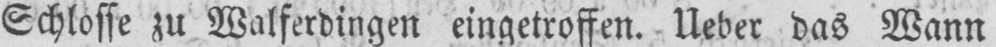
Schlosse zu Walferdingen eingetroffen. Ueber das Wann